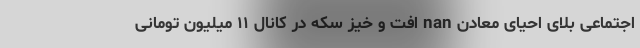
اجتماعی بلای احیای معادن nan افت و خیز سکه در کانال ۱۱ میلیون تومانی